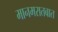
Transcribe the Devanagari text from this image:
मानमरातबात